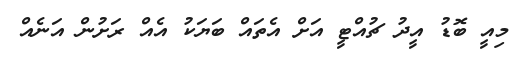
މިއީ ބޮޑު އީދު ޗުއްޓީ އަށް އެތައް ބަޔަކު އެއް ރަށުން އަނެއް